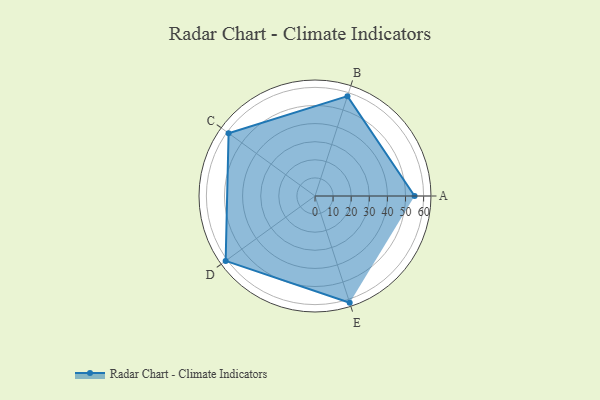
{"axis": {"x": "Skill", "y": "Score"}, "legend": ["Profile"], "data": [{"x": "A", "y": 55.0, "type": "Profile"}, {"x": "B", "y": 58.0, "type": "Profile"}, {"x": "C", "y": 59.0, "type": "Profile"}, {"x": "D", "y": 61.0, "type": "Profile"}, {"x": "E", "y": 62.0, "type": "Profile"}]}